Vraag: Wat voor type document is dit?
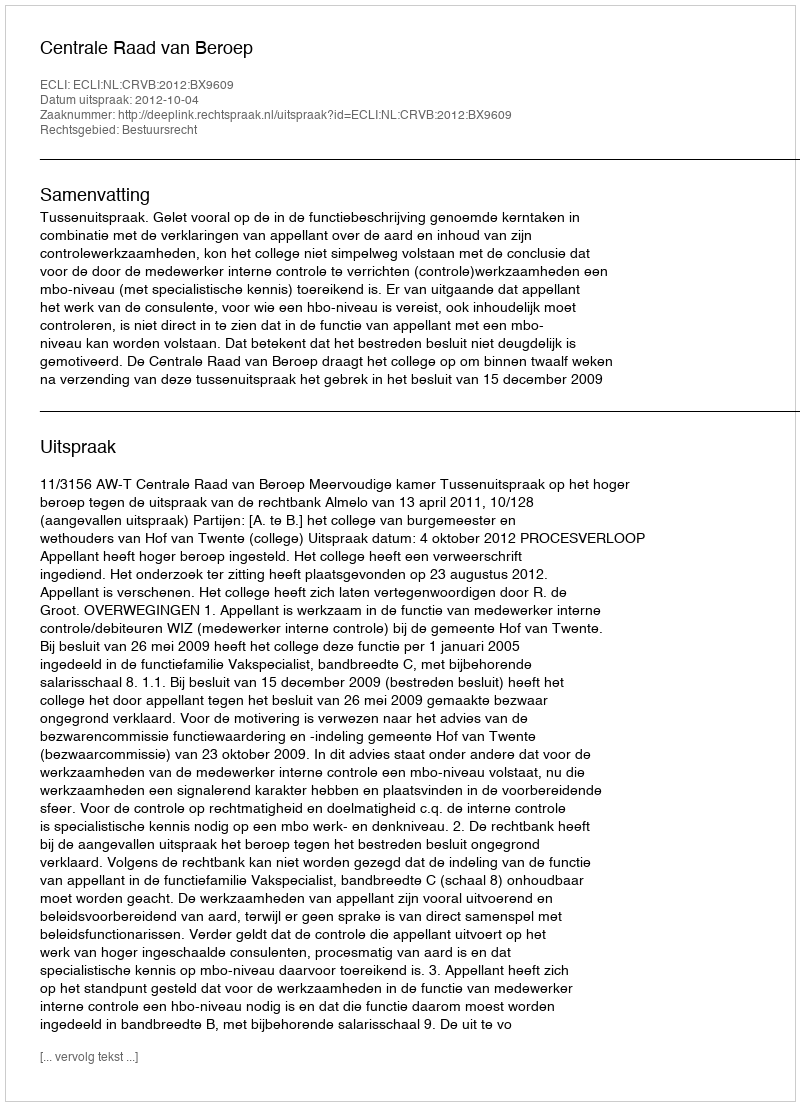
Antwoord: Uitspraak